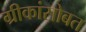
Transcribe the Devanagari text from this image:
ग्रीकांसोबत